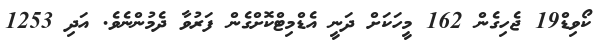
ކޯވިޑް19 ޖެހިގެން 162 މީހަކަށް ދަނީ އެޑްމިޓްކޮށްގެން ފަރުވާ ދެމުންނެވެ. އަދި 1253